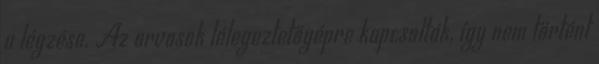
a légzése. Az orvosok lélegeztetőgépre kapcsolták, így nem történt